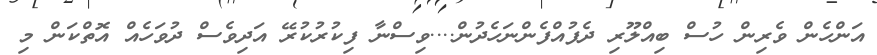
އަންހެން ވެރިން ހުސް ބިއްލޫރި ދެފުއްފެންނަހެދުން....ވިސްނާ ފިކުރުކުރޭ އަދިވެސް ދުވަހެއް އޮތްކަން މި